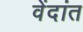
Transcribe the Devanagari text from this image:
वेंदांत